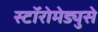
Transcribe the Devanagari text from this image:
स्टॉरोमेड्युसे